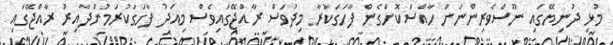
މުޅި ދުނިޔޭގައި ނޫސްވެރިންނަށް ހާއްސަކޮށްގެން ފާހަގަކުރާ މިދުވަސް ރާއްޖޭގައިވެސް މިއަދު ފާހަގަކުރަމުންދާއިރު ރާއްޖޭގައި